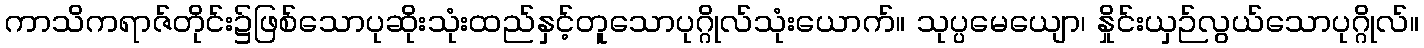
ကာသိကရာဇ်တိုင်း၌ဖြစ်သောပုဆိုးသုံးထည်နှင့်တူသောပုဂ္ဂိုလ်သုံးယောက်။ သုပ္ပမေယျော၊ နှိုင်းယှဉ်လွယ်သောပုဂ္ဂိုလ်။